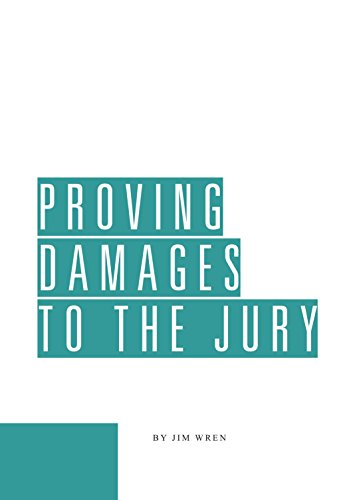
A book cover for Proving Damages to the Jury; James E. Wren; Law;